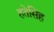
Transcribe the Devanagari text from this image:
हतेसिंह